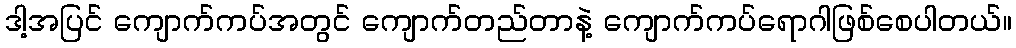
ဒါ့အပြင် ကျောက်ကပ်အတွင် ကျောက်တည်တာနဲ့ ကျောက်ကပ်ရောဂါဖြစ်စေပါတယ်။